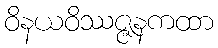
ဝိနယဝိဿဇ္ဇနကထာ